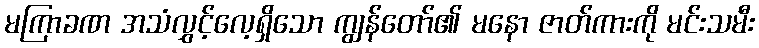
မကြာခဏ အသံလွှင့်လေ့ရှိသော ကျွန်တော်၏ မနော ဇာတ်ကားကို မင်းသမီး